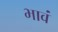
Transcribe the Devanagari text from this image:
भावं